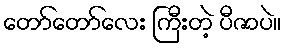
တော်တော်လေး ကြီးတဲ့ ပီဇာပဲ။